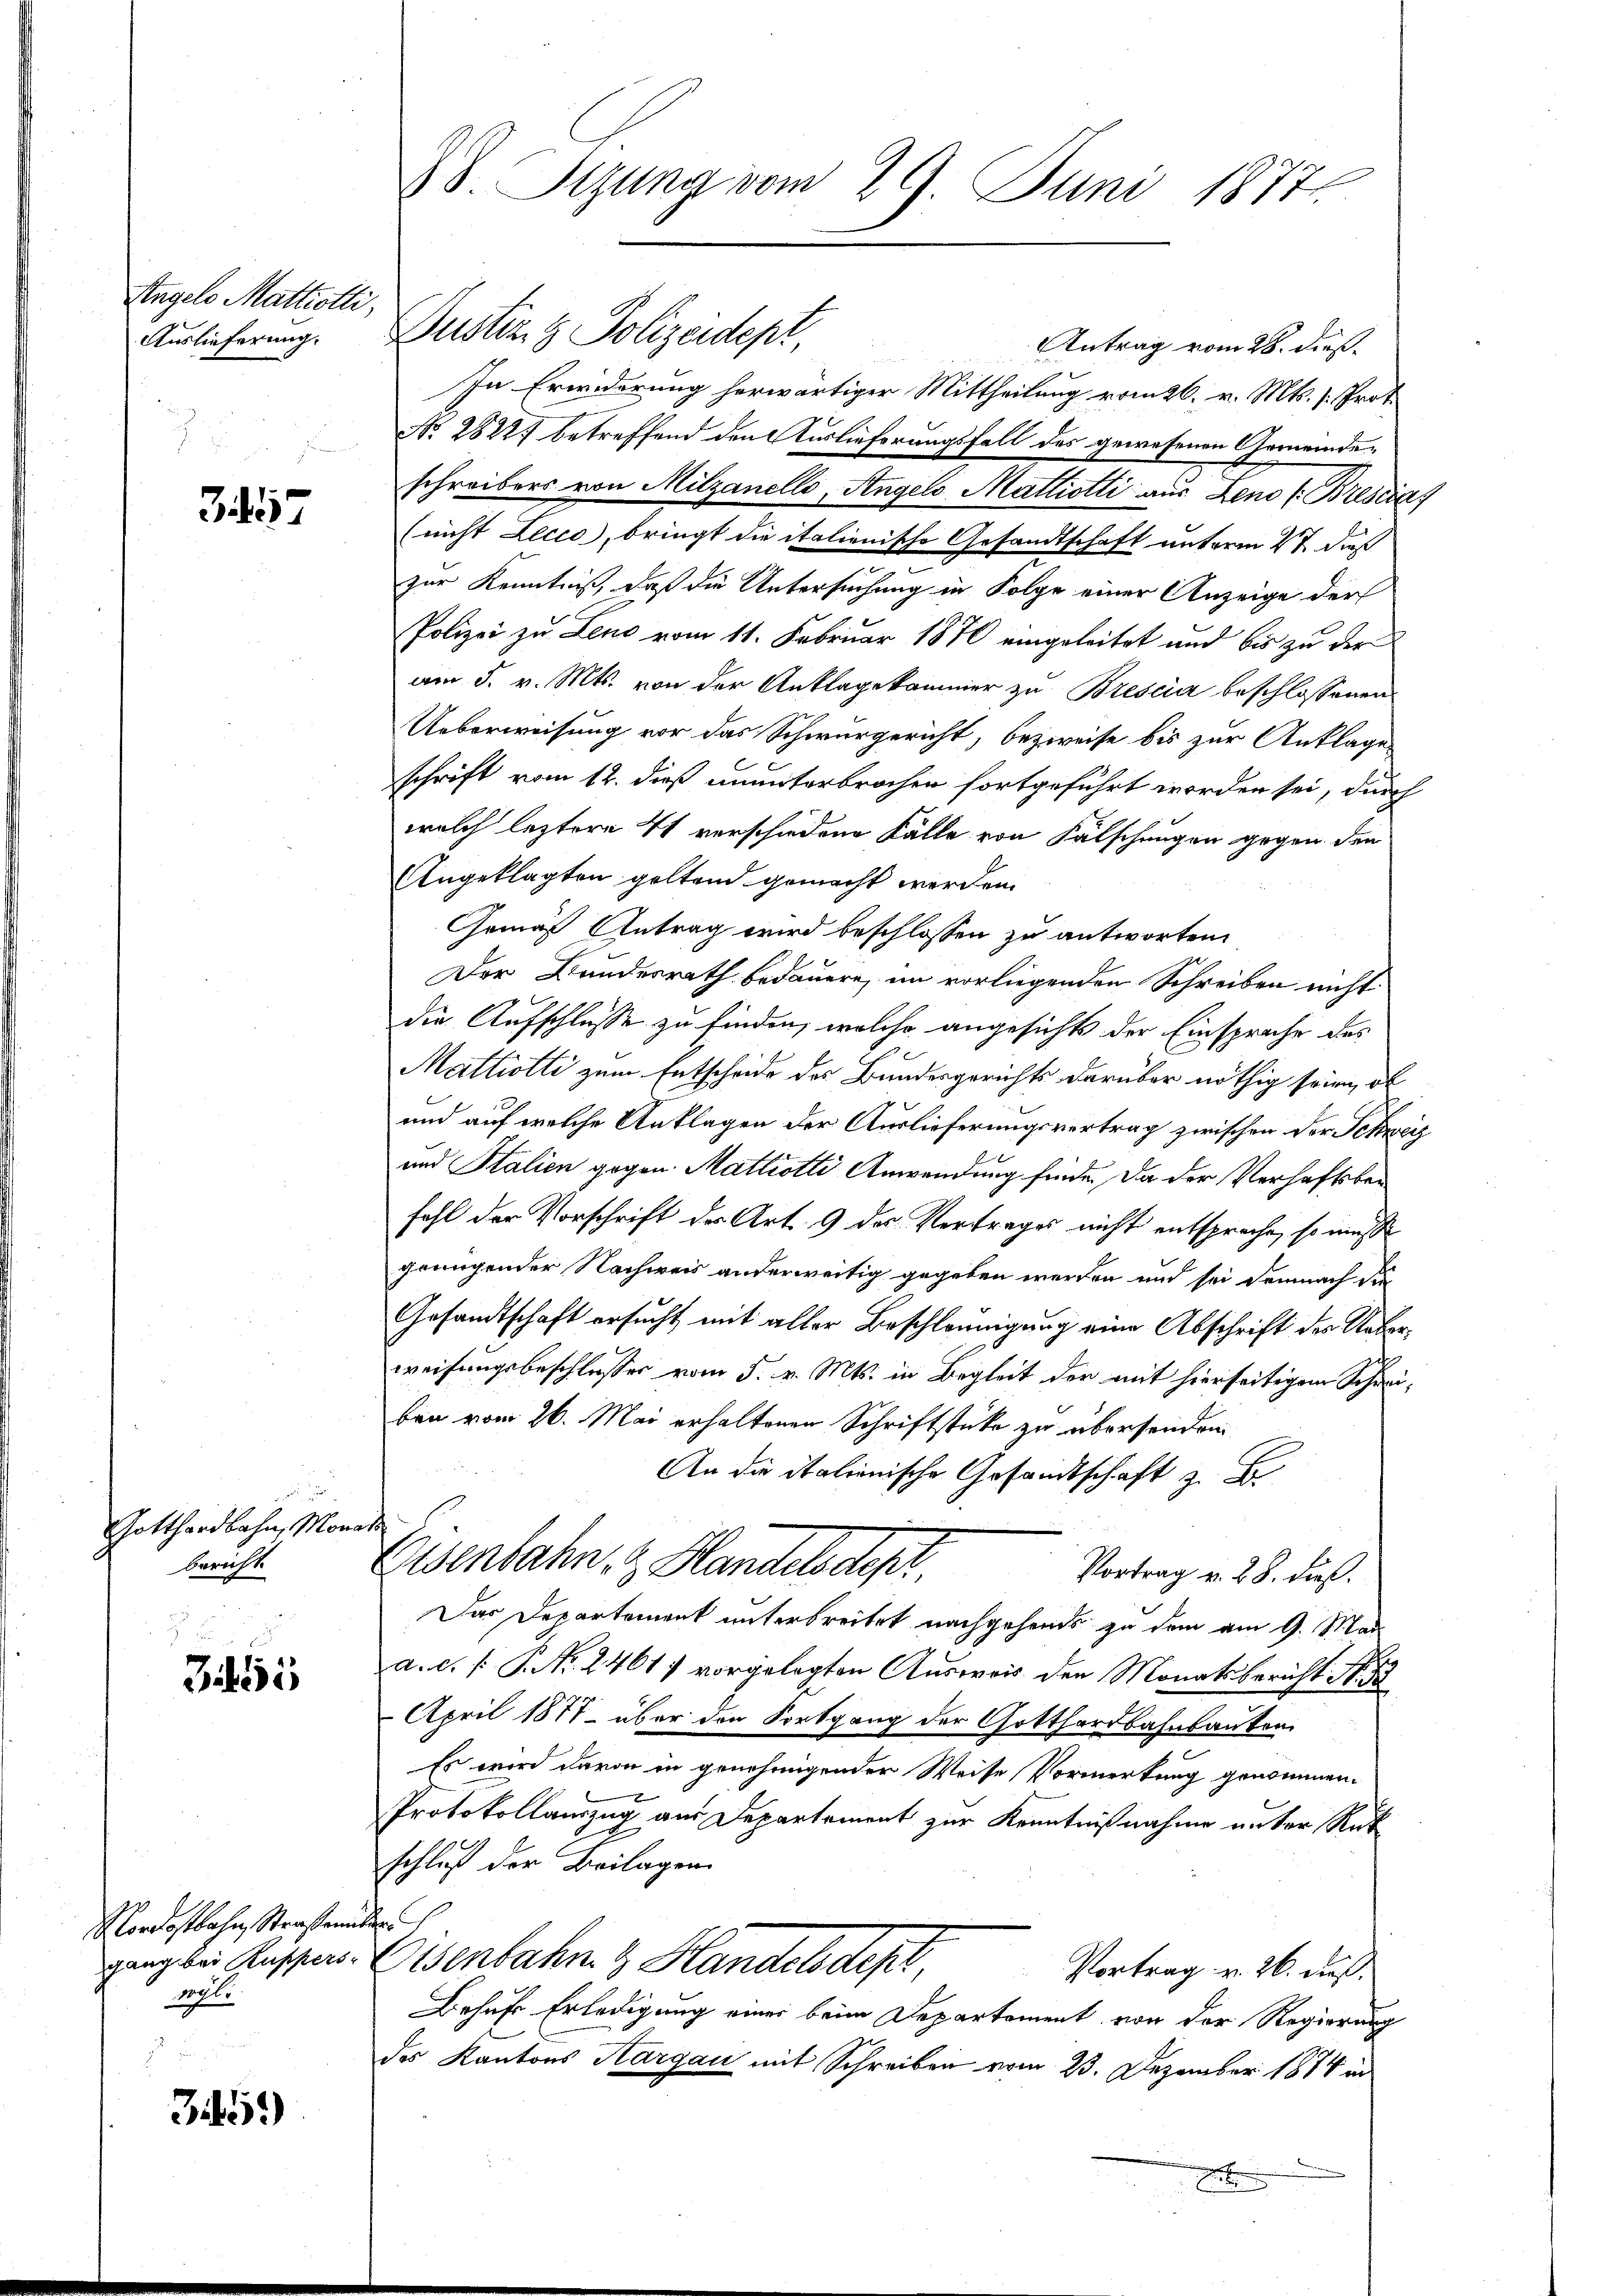
Angelo Mattiotti,
Auslieferung.

3457

Gotthardbahn, Monatbericht.

3255

Rordostbahn, Straßenüber
vet.

345)

8. Sizung vom 29. Juni 1877

Dustiz & Polizeidept
Antrag vom 28. dies
In Erwiderung herwärtiger Mittheilung vom 26. v. Mts. /: Prot.
No 28221 betreffend den Auslieferungsfall des gewesenen Gemeindeschreibers von Milzanello, Angelo Mattiotti aus Zeno ( Brescia¬
(nicht Lecco, bringt die italienische Gesandtschaft unterm 27. dieß
zur Kenntniß, daß die Untersuchung in Folge einer Anzeige der
Polizei zu Leno vom 11. Februar 1870 eingeleitet und bis zu der
am 5. v. Mts. von der Anklagekammer zu Brescia beschlossenen
Ueberweisung vor das Schwurgericht, bezweife bis zur Anklage
schrift vom 12. dieß ununterbrochen fortgeführt worden sei, durch
welch leztere 4 verschiedene Fälle von Fälschungen gegen den
Angeklagten geltend gemacht werden.
Gemäß Antrag wird beschlossen zu antworten.
Der Bundesrath bedauern, im vorliegenden Schreiben nicht
die Aufschlüsse zu finden, welche angesichts der Einsprache des
Mattiotti zum Entscheide des Bundesgerichts darüber nöthig sein, ob
und auf welche Anklagen der Auslieferungsvertrag zwischen der Schweiz
und Stalien gegen Mattiotti Anwendung finde. Da der Verhaftsbeifahl der Vorschrift der Art. 9 des Vertrages nicht entsprache, so müss
grungender Nachweis anderweitig gegeben werden und sei demnach die
Gesandtschaft ersucht mit aller Beschleunigung eine Abschrift des Ueberweisungsbeschlusses vom 5. v. Mts. in Begleit der mit hierseitigem Schreiben vom 26. Mai erhaltenen Schriftstüke zu übersenden
An die italienische Gesandtschaft z. B.
Eisenbahn z. Handelsdepr
Vortrag v. 28. dieß.
Das Departement unterbreitet nachgehends zu dem am 9. Mai
a. d. P. P. Nr. 24617 vorgelegten Ausweis den Monatsbericht N. 3
April 1871 über den Fortgang der Gotthardbahnbauten
Es wird davon in genehmigender Weise Vormerkung genommen.
Protokollauszug aus Departement zur Kenntnißnahme unter Rüt
schluß der Beilagen
ganz bei Russers. Eisenbahn & Handelsdept,
Vortrag v. 26. Fuß.
Behufs Erledigung einer beim Departement von der Regierung
des Kantons Aargau mit Schreiben vom 23. Dezember 1874 in